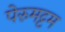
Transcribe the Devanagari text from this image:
पेरुमट्टम